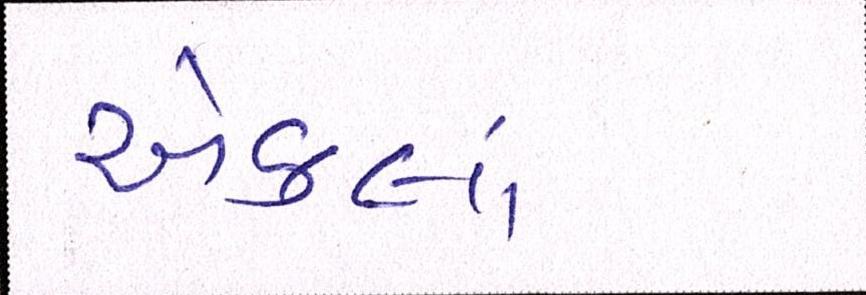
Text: એકલાં